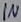
Text: IN